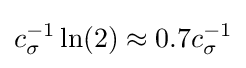
c_{\sigma }^{-1}\ln(2)\approx 0.7c_{\sigma }^{-1}